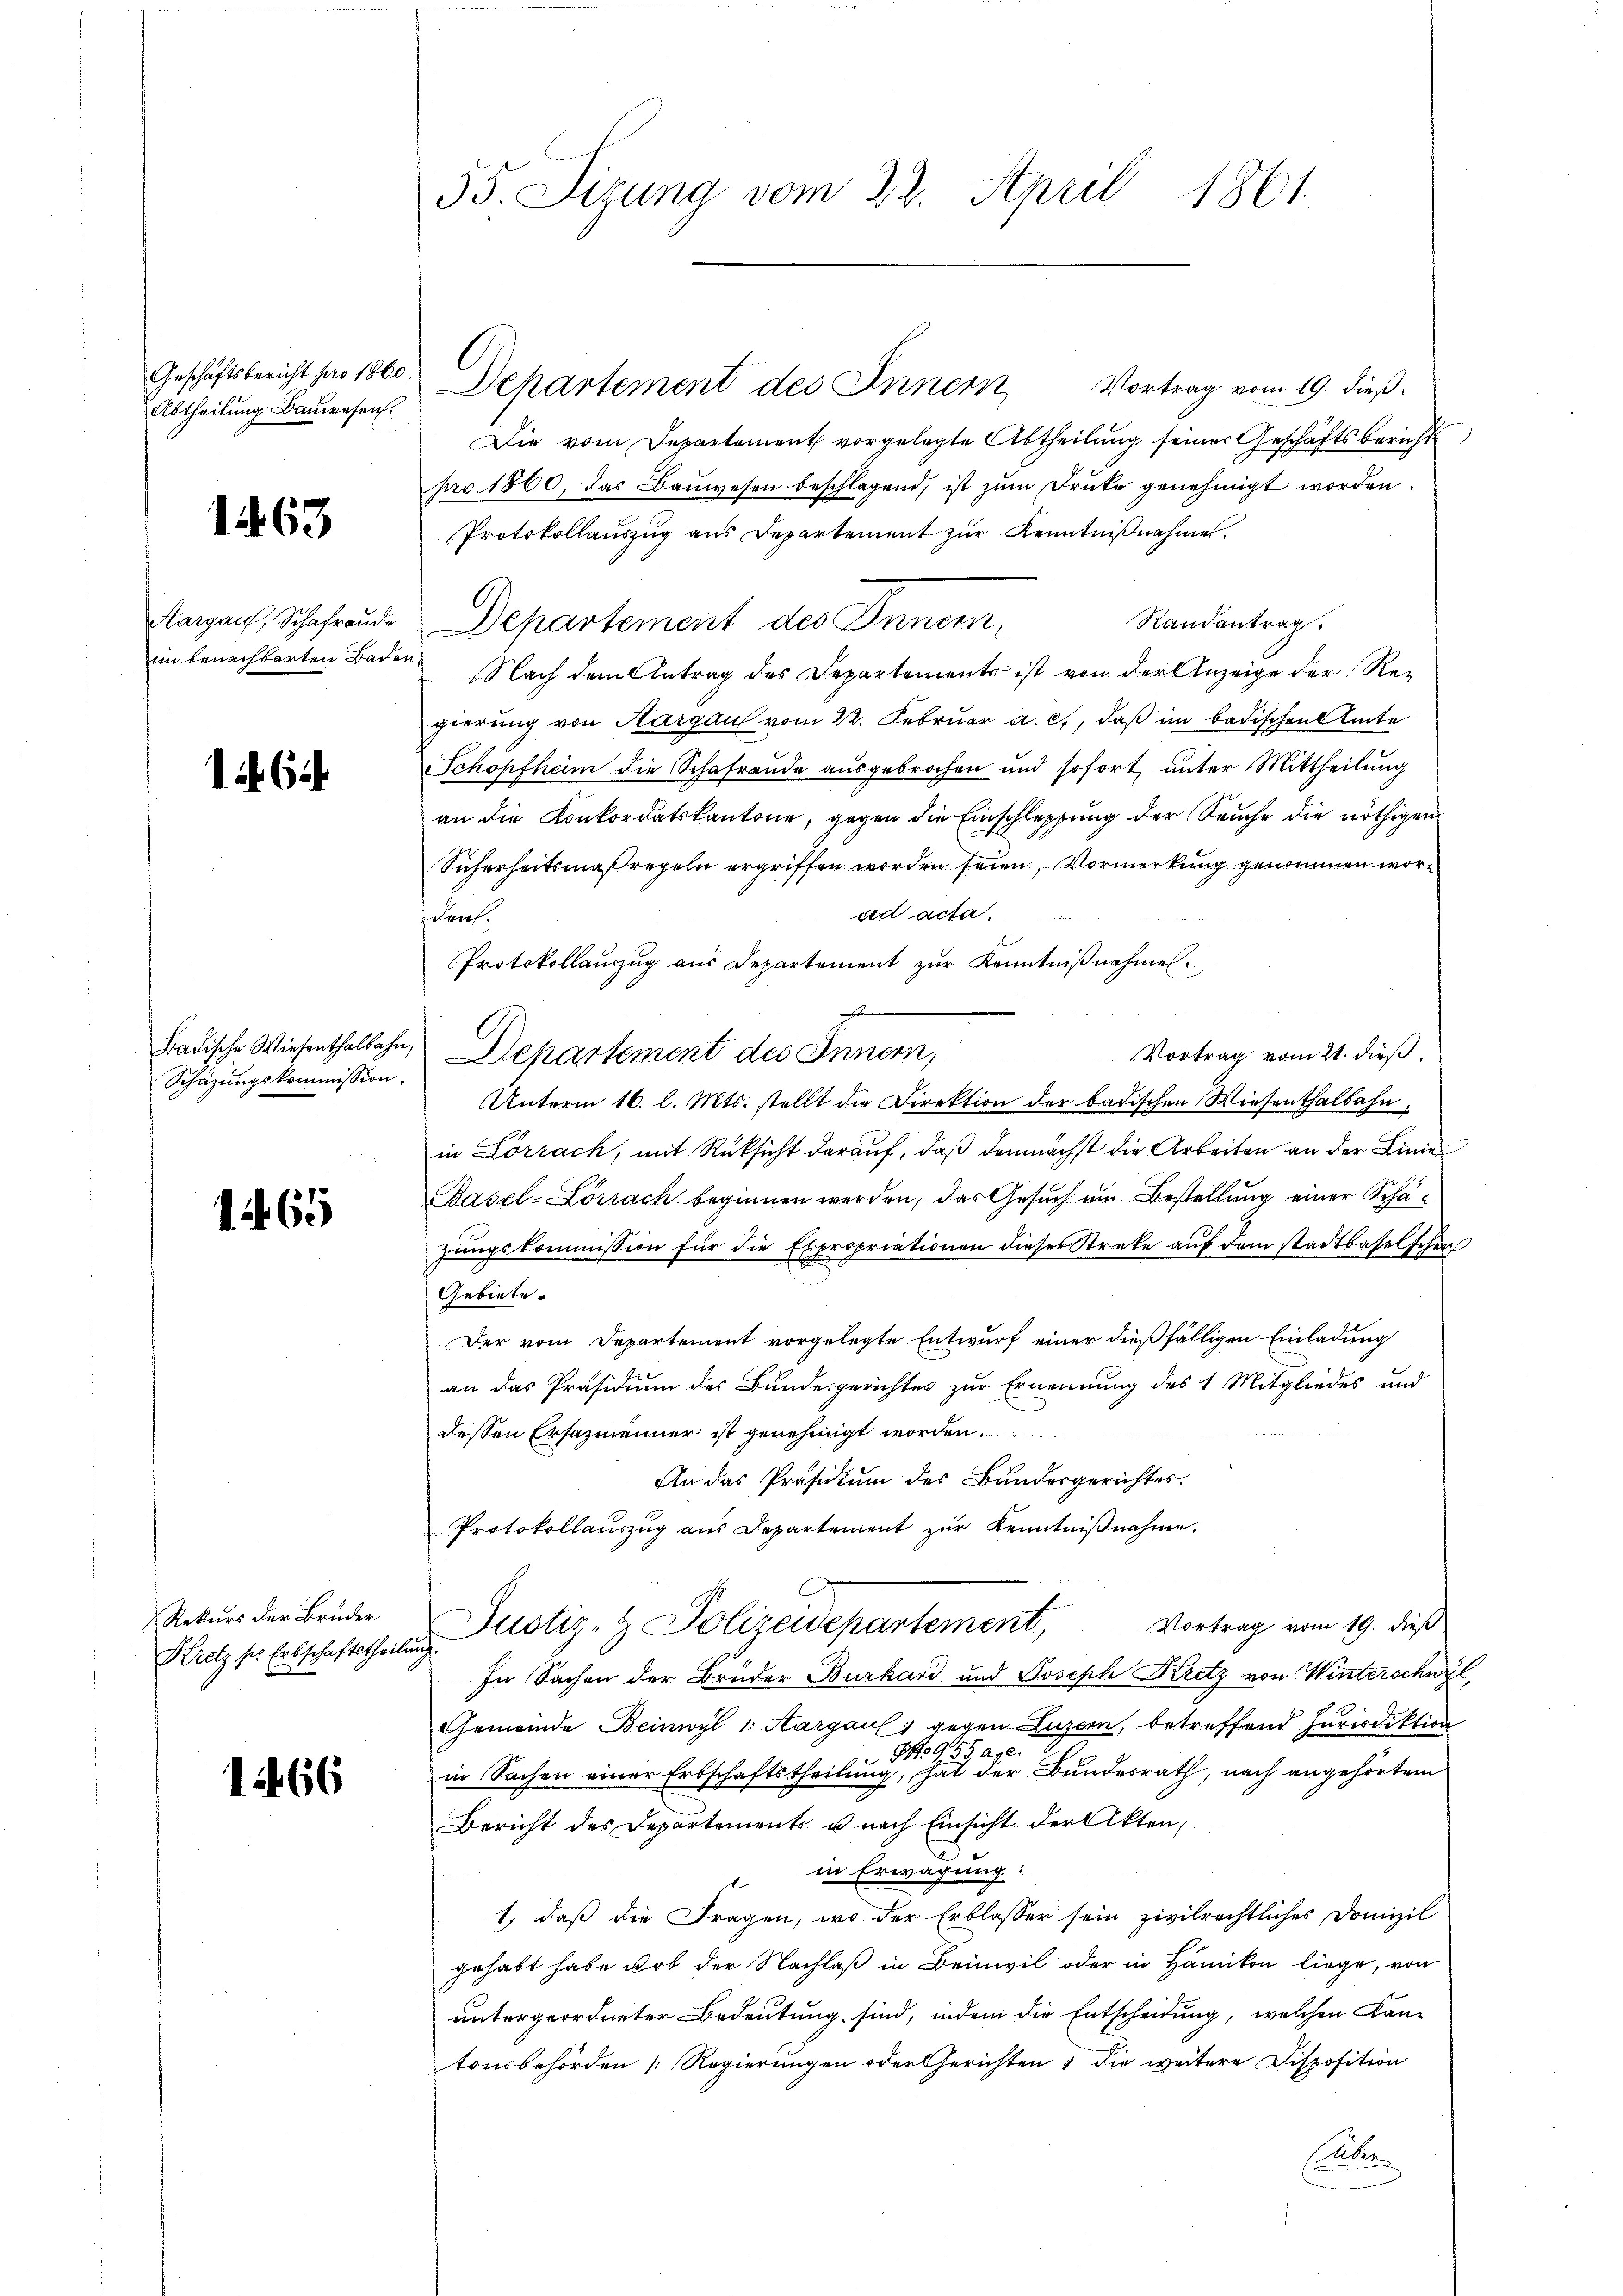
Geschäftsbericht pro 1860,
Abtheilung Bauwesen.

1263

Aargau, Schafraude
ein benachbarten Bade

164.

Schäzungskommission.

1265

Aetuer der Bruder

1466

55. Sizung vom 22. April 1861.

den.
Gebiete.

Departement des Innern Vortrag vom 19. dieß
Die vom Departement vorgelegte Abtheilung seiner Geschäftsberichts
pro 1860, das Bauwesen beschlagend, ist zum Druke genehmigt worden.
Protokollauszug aus Departement zŭr Kenntnißnahme.
Randantrag.
Departement des Innern
 Nach dem Antrag des Departements ist von der Anzeige der Re-
gierung von Hargau vom 22. Februar a. c., daß im badischen Amte
Schöpfheim die Schafraude ausgebrochen und sofort, unter Mittheilung
an die Konkordatskantone, gegen die Einschleppung der Seuche die nöthigen
Sicherheitsmaßregeln ergriffen worden seien, Vormerkung genommen worad acta.
Protokollauszug aus Departement zŭr Kenntniβnahmen.
se
Badische Wiesenthalbahn, Departement des Innern, Vortrag vom 21. dieß
Unterm 16. l. Mts. stellt die Direktion der badischen Wiesenthalbahn,
in Lörrach, mit Rüksicht darauf, daß demnächst die Arbeiten an der Linie
Basel-Lörrach beginnen werden, das Gesuch am Bestellung einer Schazungskommission für die Expropriationen dieser Streke auf dem stadtbaselschen
Der vom Departement vorgelegte Entwurf einer dießfälligen Einladung
an das Präsidium des Bundesgerichtes zur Ernennung des 1 Mitgliedes und
dessen Ersazmänner ist genehmigt worden.
An das Präsidium des Bundesgerichtes.
Protokollauszug aus Departement zŭr Kenntniβnahme.
Vortrag vom 19. dieß
Kretzser Erbschaftetheilen Zustiz- & Polizeidepartement,
In Sachen der Brüder Burkard und Joseph Kretz von Winterschwyl,
Gemeinde Beinwyl 1: Aargau 1 gegen Luzern, betreffend Jurisdiktion
2.
352
89
in Sachen einer Erbschaftstheilung, hat der Bundesrath, nach angehörtem
Bericht des Departements u. nach Einsicht der Akten,
in Erwägung:
1, daß die Fragen, wo der Erblasser sein zivilrechtliches Domizil
gehabt habe ob der Nachlaß in Beinwil oder in Hämikon liege, von
untergeordneter Bedeutung sind, indem die Entscheidung, welchen Kan-
tonsbehörden [Regierungen oder Gerichten, die weitere Disposition
Elte